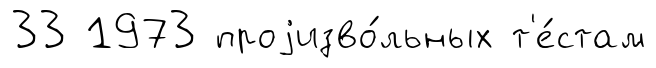
33 1973 проjизво́льных т'е́стам